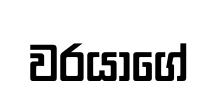
වරයාගේ